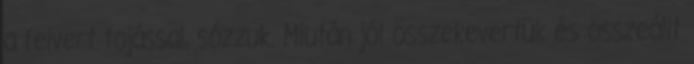
a felvert tojással, sózzuk. Miután jól összekevertük és összeállt